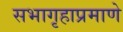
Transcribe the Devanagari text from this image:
सभागृहाप्रमाणे